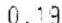
0.19